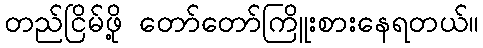
တည်ငြိမ်ဖို့ တော်တော်ကြိူးစားနေရတယ်။